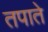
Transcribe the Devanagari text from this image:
तपाते